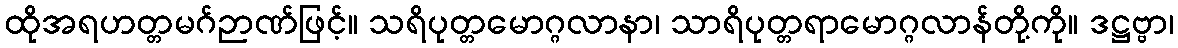
ထိုအရဟတ္တမဂ်ဉာဏ်ဖြင့်။ သရိပုတ္တမောဂ္ဂလာနာ၊ သာရိပုတ္တရာမောဂ္ဂလာန်တို့ကို။ ဒဋ္ဌဗ္ဗာ၊